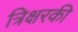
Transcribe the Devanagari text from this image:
त्रिक्षरकी